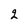
Character: 2